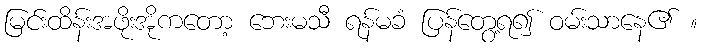
မြင်းထိန်းအဖိုးအိုကတော့ ဘေးမသီ ရန်မခံ ပြန်တွေ့ရ၍ ဝမ်းသာနေ၏ ။